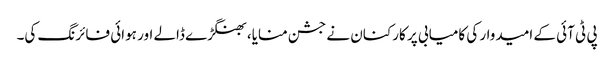
پی ٹی آئی کے امیدوار کی کامیابی پر کارکنان نے جشن منایا، بھنگڑے ڈالے اور ہوائی فائرنگ کی۔